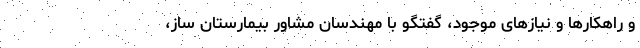
و راهکارها و نیازهای موجود، گفتگو با مهندسان مشاور بیمارستان ساز،